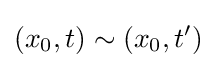
(x_{0},t)\sim \left(x_{0},t'\right)